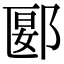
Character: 郾